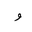
Letter: _waw